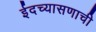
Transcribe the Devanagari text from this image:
ईदच्यासणाची